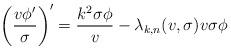
\begin{align*}\bigg( \frac{ v \phi' }{ \sigma } \bigg)' = \frac{k^2 \sigma \phi}{v} - \lambda_{k,n}(v,\sigma) v \sigma \phi\end{align*}